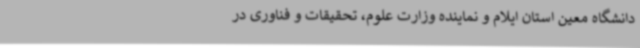
دانشگاه معین استان ایلام و نماینده وزارت علوم، تحقیقات و فناوری در